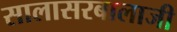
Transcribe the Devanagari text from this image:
सालासरबालाजी